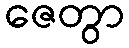
ဇေတွာ